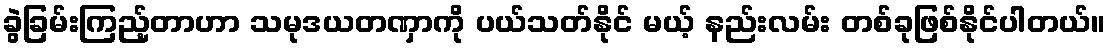
ခွဲခြမ်းကြည့်တာဟာ သမုဒယတဏှာကို ပယ်သတ်နိုင် မယ့် နည်းလမ်း တစ်ခုဖြစ်နိုင်ပါတယ်။